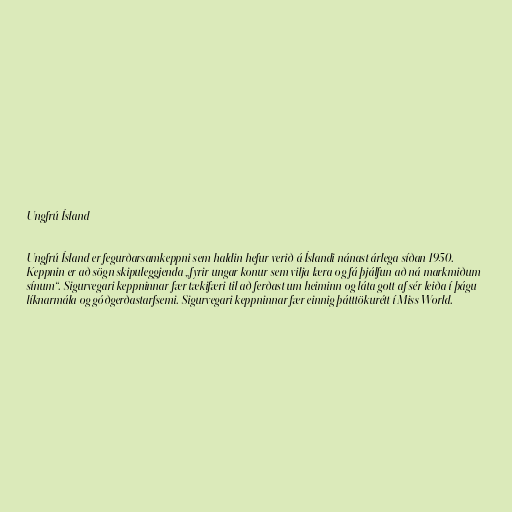
Ungfrú Ísland

Ungfrú Ísland er fegurðarsamkeppni sem haldin hefur verið á Íslandi nánast árlega síðan 1950.
Keppnin er að sögn skipuleggjenda „fyrir ungar konur sem vilja læra og fá þjálfun að ná markmiðum
sínum“. Sigurvegari keppninnar fær tækifæri til að ferðast um heiminn og láta gott af sér leiða í þágu
líknarmála og góðgerðastarfsemi. Sigurvegari keppninnar fær einnig þátttökurétt í Miss World.